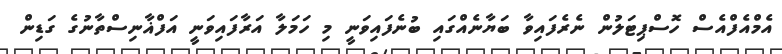
އެމްއެފްއެސް ހޮސްޕިޓަލުން ނެރެފައިވާ ބަޔާނެއްގައި ބުނެފައިވަނީ މި ހަމަލާ އަރާފައިވަނީ އަފްޣާނިސްތާނުގެ ގަޑިން